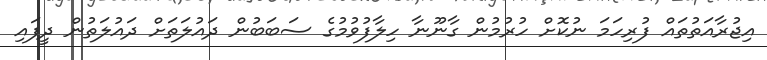
އިޖުރާއަތުތައް ފުރިހަމަ ނުކޮށް ހުރުމުން ގާނޫނާ ހިލާފުވުމުގެ ސަބަބުން ދައުލަތަށް ދައުލަތުން ދީފައި